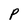
Character: P